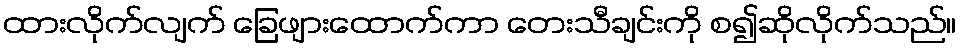
ထားလိုက်လျက် ခြေဖျားထောက်ကာ တေးသီချင်းကို စ၍ဆိုလိုက်သည်။